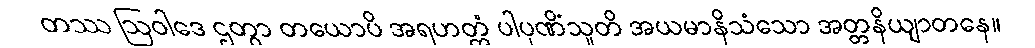
တဿ ဩဝါဒေ ဌတွာ တယောပိ အရဟတ္တံ ပါပုဏိံသူတိ အယမာနိသံသော အတ္တနိယျာတနေ။